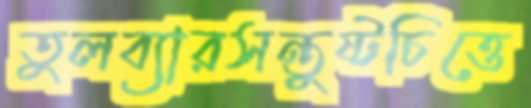
তুলব্যারসন্তুষ্টচিত্তে